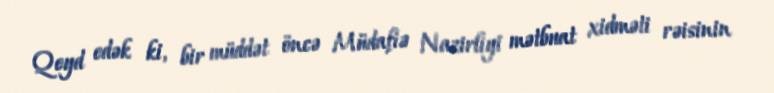
Qeyd edək ki, bir müddət öncə Müdafiə Nazirliyi mətbuat xidməti rəisinin